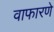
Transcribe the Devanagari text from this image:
वाफारणे